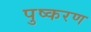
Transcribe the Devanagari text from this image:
पुष्करण